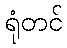
ရုံတင်